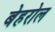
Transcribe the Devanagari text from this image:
बेहरोल